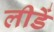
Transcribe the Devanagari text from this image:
लीडें